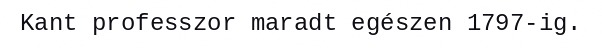
Kant professzor maradt egészen 1797-ig.